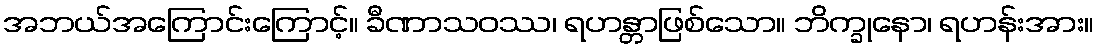
အဘယ်အကြောင်းကြောင့်။ ခီဏာသဝဿ၊ ရဟန္တာဖြစ်သော။ ဘိက္ခုနော၊ ရဟန်းအား။